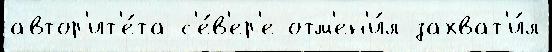
автор'ит'е́та с'е́в'ер'е отм'ен'и́л захват'и́л